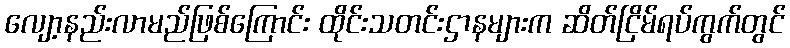
လျော့နည်းလာမည်ဖြစ်ကြောင်း ထိုင်းသတင်းဌာနများက ဆိတ်ငြိမ်ရပ်ကွက်တွင်